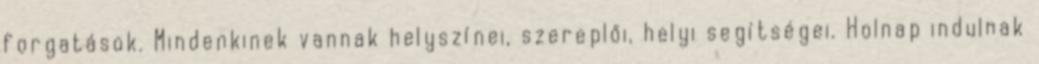
forgatások. Mindenkinek vannak helyszínei, szereplői, helyi segítségei. Holnap indulnak